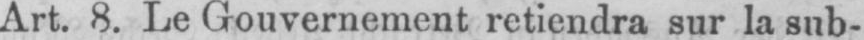
Art 8. Le Gouvernement retiendra sur la sub-